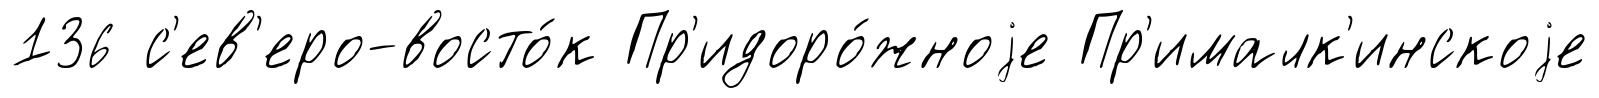
136 с'ев'еро-восто́к Пр'идоро́жноjе Пр'ималк'инскоjе